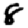
Digit: 8